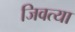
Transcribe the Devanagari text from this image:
जिवत्या